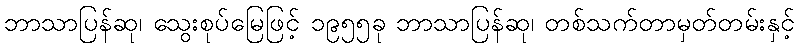
ဘာသာပြန်ဆု၊ သွေးစုပ်မြေဖြင့် ၁၉၅၅ခု ဘာသာပြန်ဆု၊ တစ်သက်တာမှတ်တမ်းနှင့်